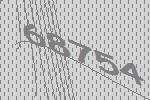
68754